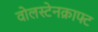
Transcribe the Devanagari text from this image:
वोलस्टेनक्राफ्ट